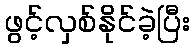
ဖွင့်လှစ်နိုင်ခဲ့ပြီး